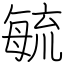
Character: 毓